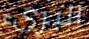
البريء